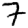
Digit: 7